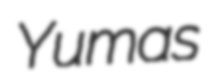
Yumas